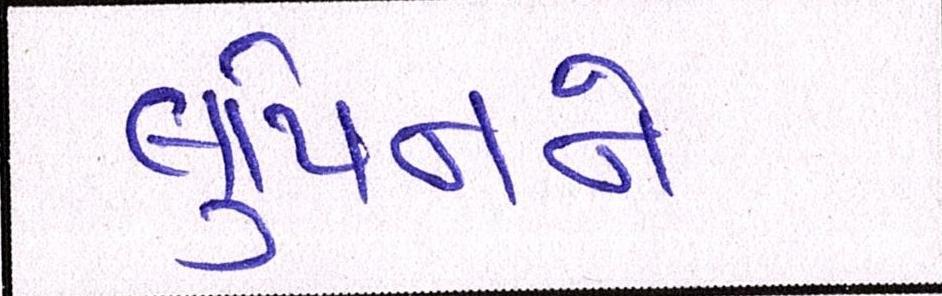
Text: લુપિનને